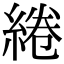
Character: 綣